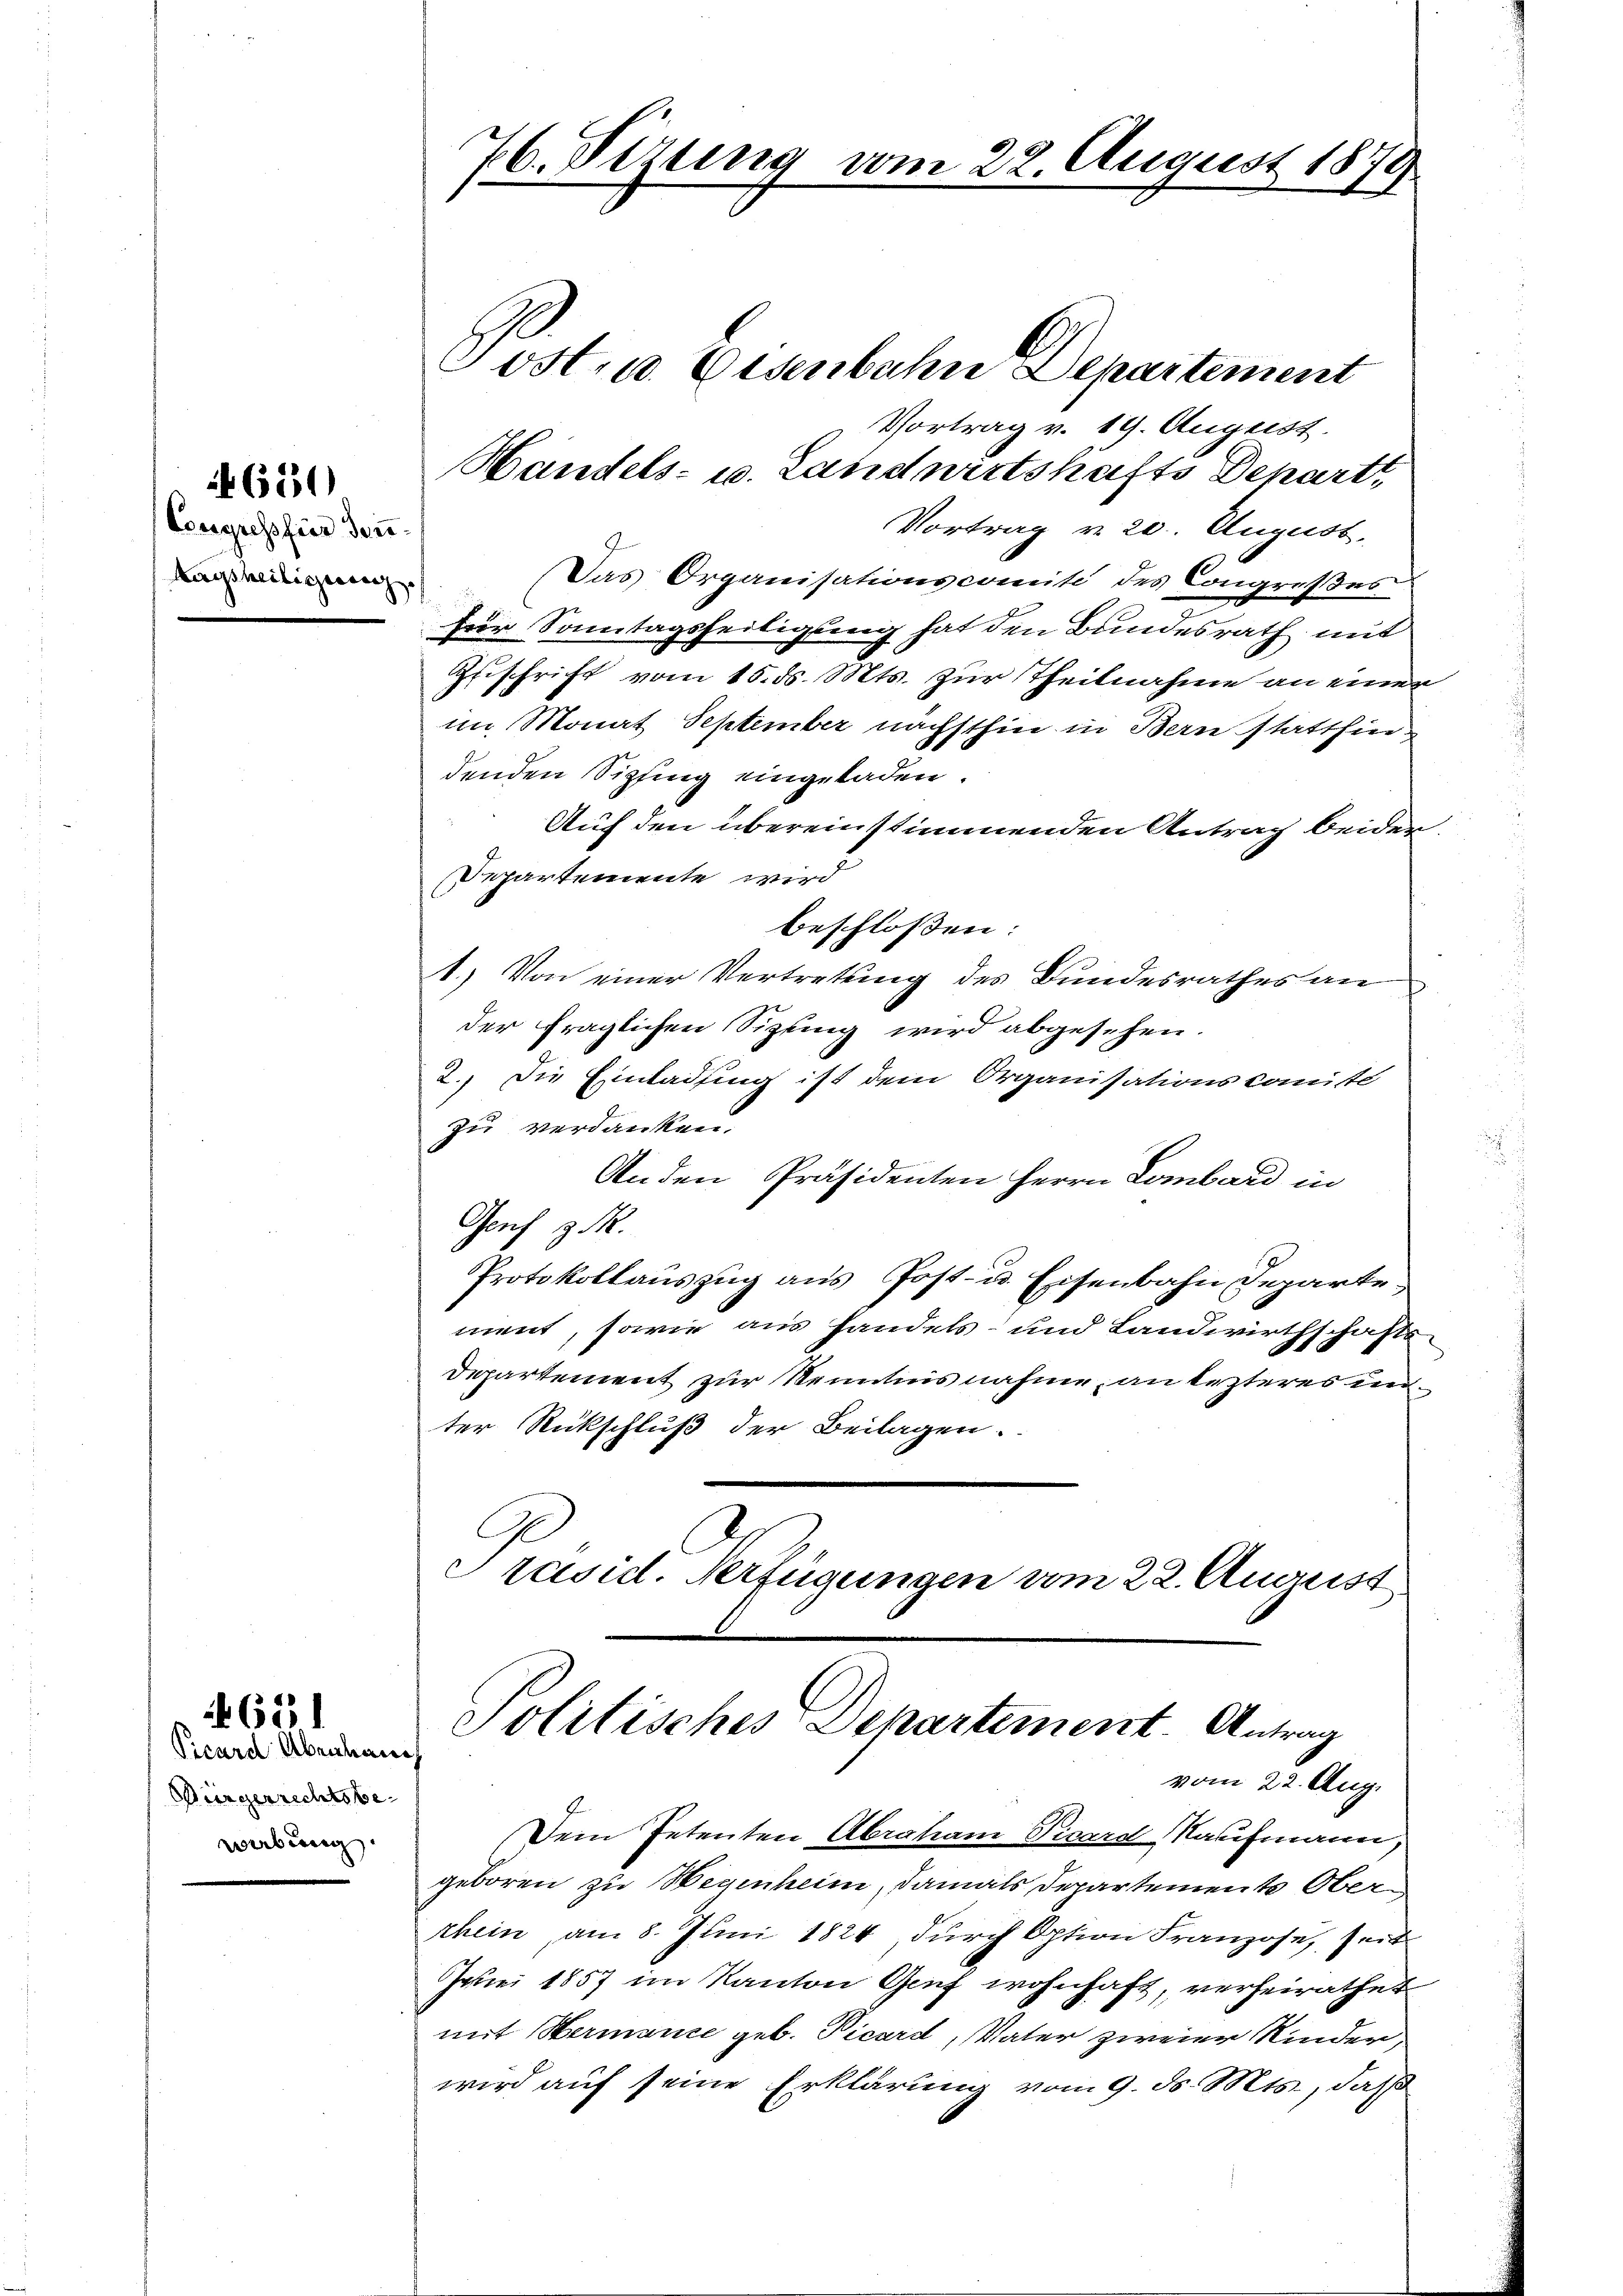
4620

Congress hier Sei¬
Aagsheilicherrenz

Picard Abrahauch
Bürgerrechtsbewebung

611

76. Sizung vom 22. August 1879
.

Vortrag v. 19. August.
Handels- u. Landwirtshafts Depart
Vortrag v. 20. August.
Das Organisationscomite des Congreßes
für Sonntagsheitigung hat den Bundesrath mit
Zuschrift vom 15. ds. Mts. zur Theilnahme an einer
im Monat September nächsthin in Bern stattfindenden Sipfing eingeladen.
Auf den übereinstimmenden Antrag beiden,
Departemente wird
beschloßen:
1.) Von einer Vertretung des Bundesrathes an
der fraglichen Sizung wird abgesehen.
2.) Die Einladung ist dem Organisationscomite
zu verdanken.
Anden Präsidenten Herrn Lombard in
Genf z.
Protokollauszug aus Post- u. Eisenbahn Departement, sowie aus handels- und Landwirthschafts-
t
Departement zur Kenntnis nahme, an lezteres unter Rückschluß der Beilagen.
Präsid. Verfügungen vom 22. August

Jost, u. Eisenbahne Departement

Politisches Departement. Antrag
vom 22. Augu

Dem Petenten Abraham Vicard Kaufmann
geboren zu Wegenheim, damals Departements Oberchein, am 8. Juni 1824 durch Option Franzose, Zeit
Imei 1857 im Kanton Genf wohnhaft, verheirathet
mit Hermanie geb. Picard, Vater zweier Kinder,
wird auf seine Erklärung vom 9. ds. Mts., daß